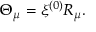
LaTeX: \Theta _ { \mu } = \xi ^ { ( 0 ) } { \cal R } _ { \mu } .